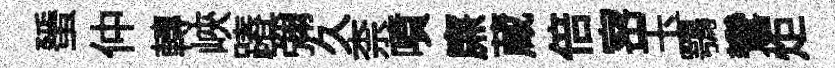
蜑仲轉峽蹖彌久柰噴㢘蔵倍宻玉鶚鸞炬